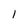
Character: l